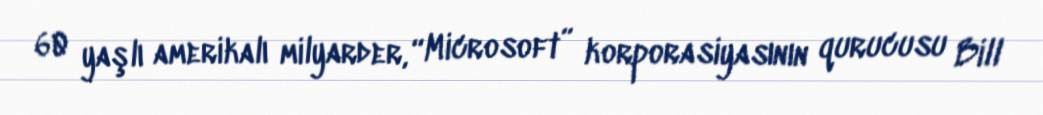
60 yaşlı amerikalı milyarder, “Microsoft” korporasiyasının qurucusu Bill